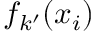
f _ { k ^ { \prime } } ( \boldsymbol { x } _ { i } )